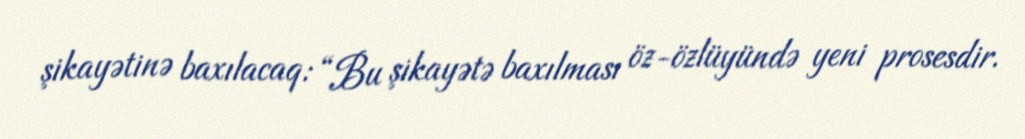
şikayətinə baxılacaq: “Bu şikayətə baxılması öz-özlüyündə yeni prosesdir.